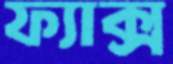
ফ্যাক্স